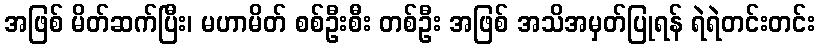
အဖြစ် မိတ်ဆက်ပြီး၊ မဟာမိတ် စစ်ဦးစီး တစ်ဦး အဖြစ် အသိအမှတ်ပြုရန် ရဲရဲတင်းတင်း